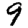
Digit: 9